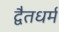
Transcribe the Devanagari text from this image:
द्वैतधर्म